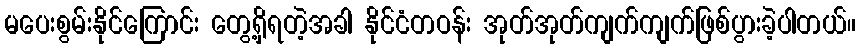
မပေးစွမ်းနိုင်ကြောင်း တွေ့ရှိရတဲ့အခါ နိုင်ငံတဝန်း အုတ်အုတ်ကျက်ကျက်ဖြစ်ပွားခဲ့ပါတယ်။